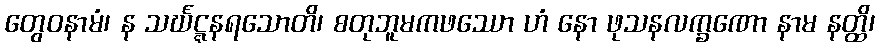
တွေဝနာမံ၊ န သင်္ဃဋ္ဋနရသောတိ၊ စတုဘူမကဖဿော ဟံ နော ဖုသနလက္ခဏော နာမ နတ္ထိ၊